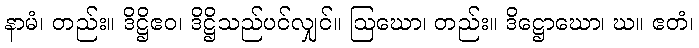
နာမံ၊ တည်း။ ဒိဋ္ဌိဧဝ၊ ဒိဋ္ဌိသည်ပင်လျှင်။ ဩဃော၊ တည်း။ ဒိဋ္ဌောဃော၊ ဃ။ ဧတံ၊